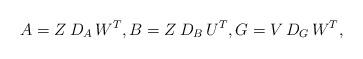
LaTeX: \begin{align*}A = Z \, D_A \, W^T, B = Z \, D_B \, U^T, G = V \, D_G \, W^T,\end{align*}